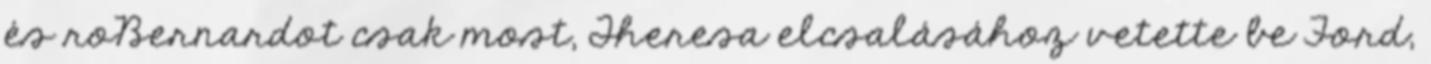
és roBernardot csak most, Theresa elcsalásához vetette be Ford,